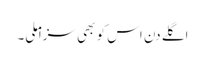
اگلے دن اس کو بھی سزا ملی۔